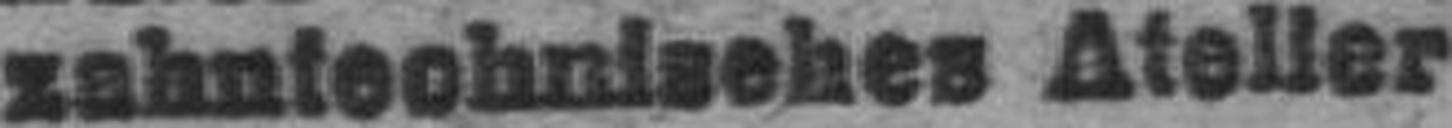
zahntechnisches Atelier